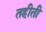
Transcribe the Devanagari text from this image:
तहीती